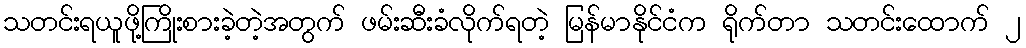
သတင်းရယူဖို့ကြိုးစားခဲ့တဲ့အတွက် ဖမ်းဆီးခံလိုက်ရတဲ့ မြန်မာနိုင်ငံက ရိုက်တာ သတင်းထောက် ၂